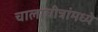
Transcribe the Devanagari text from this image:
चालाचीत्रांमध्ये